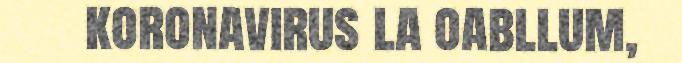
koronavirus la oabllum,